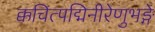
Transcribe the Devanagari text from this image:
क्कचित्पद्मिनीरेणुभङ्गे